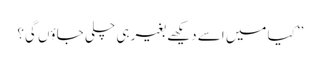
’’کیا میں اسے دیکھے بغیر ہی چلی جاؤں گی؟